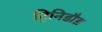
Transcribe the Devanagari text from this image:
ट्रिनिडौड